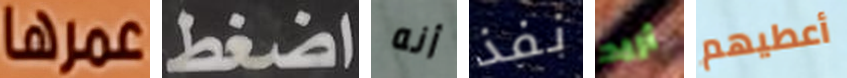
عمرها اضغط أنه نفذ أريد أعطيهم